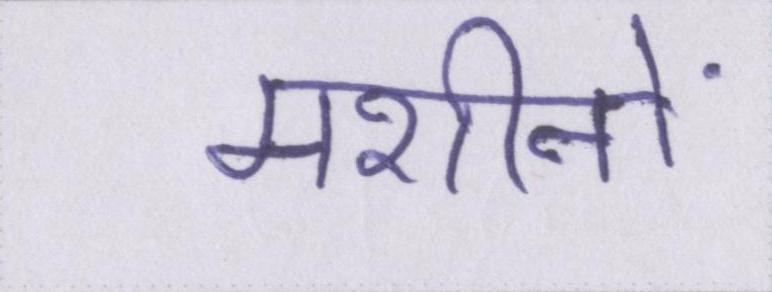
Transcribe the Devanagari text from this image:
मशीनों